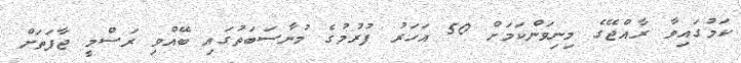
ކަމުގައިވާ ރާއްޖޭގެ މިނިވަންކަމަށް 50 އަހަރު ފުރުމުގެ މުނާސަބަތުގައި ބޭއްވި ރަސްމީ ޖާފަތަށް